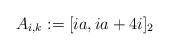
LaTeX: \begin{align*}A_{i,k} & := [ia, ia + 4i]_2\end{align*}